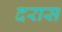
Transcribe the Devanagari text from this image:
दरास